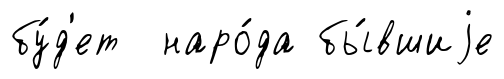
бу́д'ет наро́да бы́вшиjе